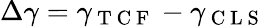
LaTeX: \Delta\gamma=\gamma_{\mathrm{~T~C~F~}}-\gamma_{\mathrm{~C~L~S~}}